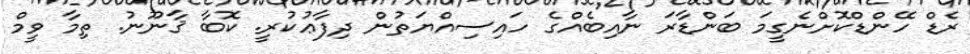
ރެޑް ހޭންޑްކޮށްނެގީމަ ބަންޑާރަ ނާއިބެއްގެ ހައިސިއްޔަތުން ދިފާޢުކުރީ. ކޮބާ ޤާނޫނު. ތިމާ ވީމް